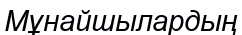
Мұнайшылардың